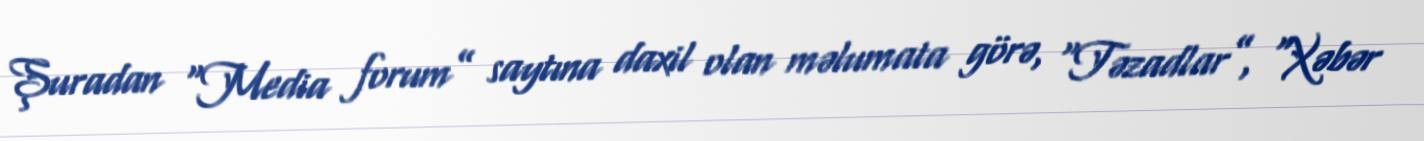
Şuradan “Media forum” saytına daxil olan məlumata görə, “Təzadlar”, “Xəbər